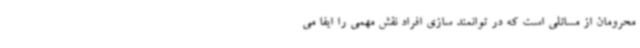
محرومان از مسائلی است که در توانمند سازی افراد نقش مهمی را ایفا می